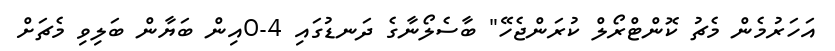
އަހަރުމެން މެޗު ކޮންޓްރޯލް ކުރަންޖެހޭ" ބާސެލޯނާގެ ދަނޑުގައި 4-0އިން ބަޔާން ބަލިވި މެޗަށް